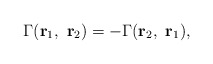
\begin{align*}\Gamma ({\bf r}_{1},~{\bf r}_{2})=-\Gamma ({\bf r}_{2},~{\bf r}_{1}),\end{align*}